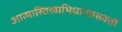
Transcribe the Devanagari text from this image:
आत्मास्तित्वाभिधानप्रसक्तौ